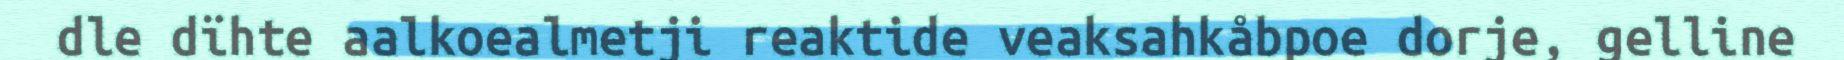
dle dïhte aalkoealmetji reaktide veaksahkåbpoe dorje, gelline